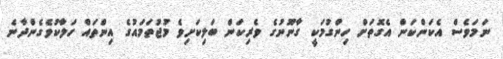
ނަމަވެސް އެކަންކަން އެގޮތަށް ހިންގުމަކީ ގާނޫނުގެ ވެރިކަން ބަލިކަށިވެ މުޖުތަމައުގެ އިންތައް ހަލާކުވެގެންދާނެ